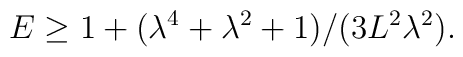
E \geq 1 + (\lambda^4+\lambda^2+1)/(3L^2\lambda^2).